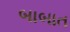
બાબાત